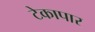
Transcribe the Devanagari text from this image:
टेकापार